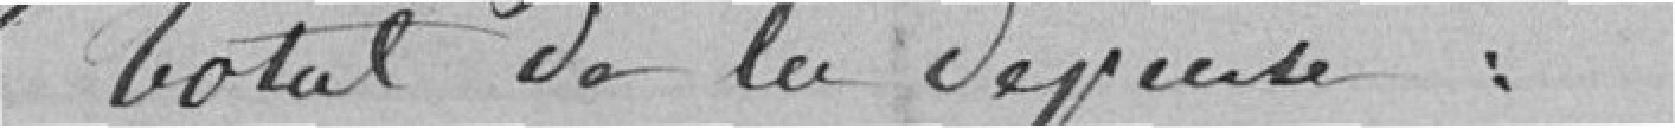
Total de la dépense :